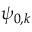
\psi _ { 0 , k }